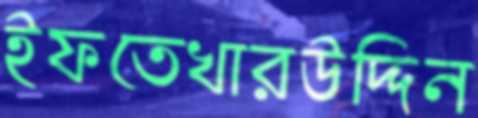
ইফতেখারউদ্দিন